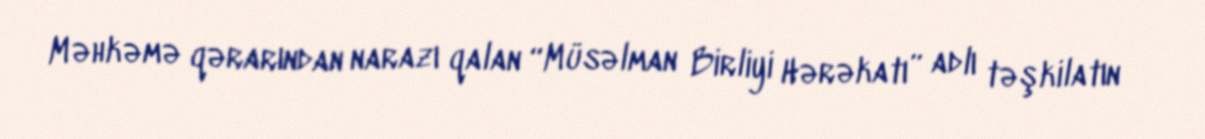
Məhkəmə qərarından narazı qalan “Müsəlman Birliyi Hərəkatı” adlı təşkilatın